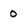
Character: 0